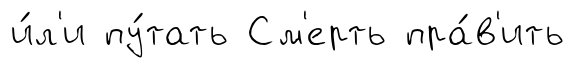
и́л'и пу́тать См'ерть пра́в'ить